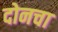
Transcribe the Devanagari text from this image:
दोनचा